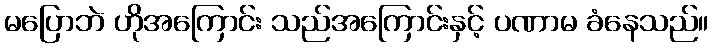
မပြောဘဲ ဟိုအကြောင်း သည်အကြောင်းနှင့် ပဏာမ ခံနေသည်။